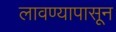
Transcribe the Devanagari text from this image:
लावण्यापासून